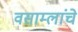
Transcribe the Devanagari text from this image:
वसाम्लांचे